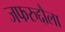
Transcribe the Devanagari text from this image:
जफरुद्दौला